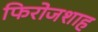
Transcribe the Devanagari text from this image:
फिरोजशाह